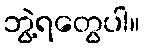
ဘွဲ့ရတွေပါ။